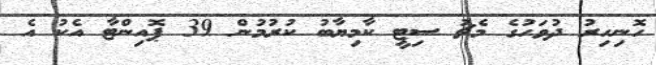
ހޮނިހިރު ދުވަހުގެ މެޗު ސިޓީ ކާމިޔާބު ކުރުމުން 39 ޕޮއިންޓާ އެކު އެ